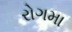
રોગમા